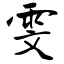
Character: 雯